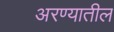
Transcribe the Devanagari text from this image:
अरण्यातील